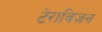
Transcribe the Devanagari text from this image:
टेराविज़न